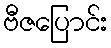
ဗီဇပြောင်း